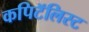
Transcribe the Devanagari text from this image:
कपिटॅलिस्ट